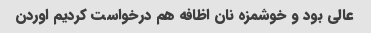
عالی بود و خوشمزه نان اظافه هم درخواست کردیم اوردن